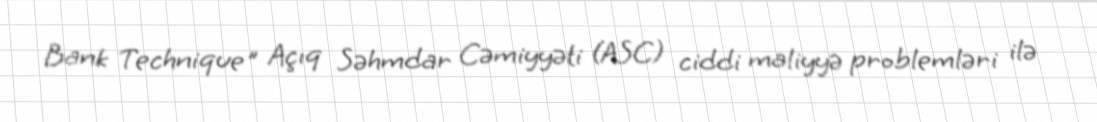
Bank Technique" Açıq Səhmdar Cəmiyyəti (ASC) ciddi maliyyə problemləri ilə